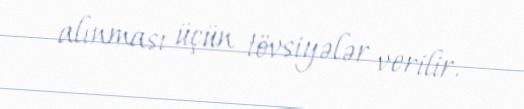
alınması üçün tövsiyələr verilir.